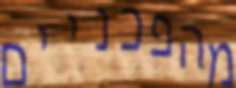
מהפכניים